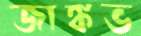
জাঙ্কভ